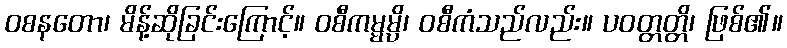
ဝစနတော၊ မိန့်ဆိုခြင်းကြောင့်။ ဝစီကမ္မမ္ပိ၊ ဝစီကံသည်လည်း။ ပဝတ္တတ္တိ၊ ဖြစ်၏။